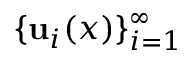
\{ { \mathbf { u } } _ { i } ( x ) \} _ { i = 1 } ^ { \infty }